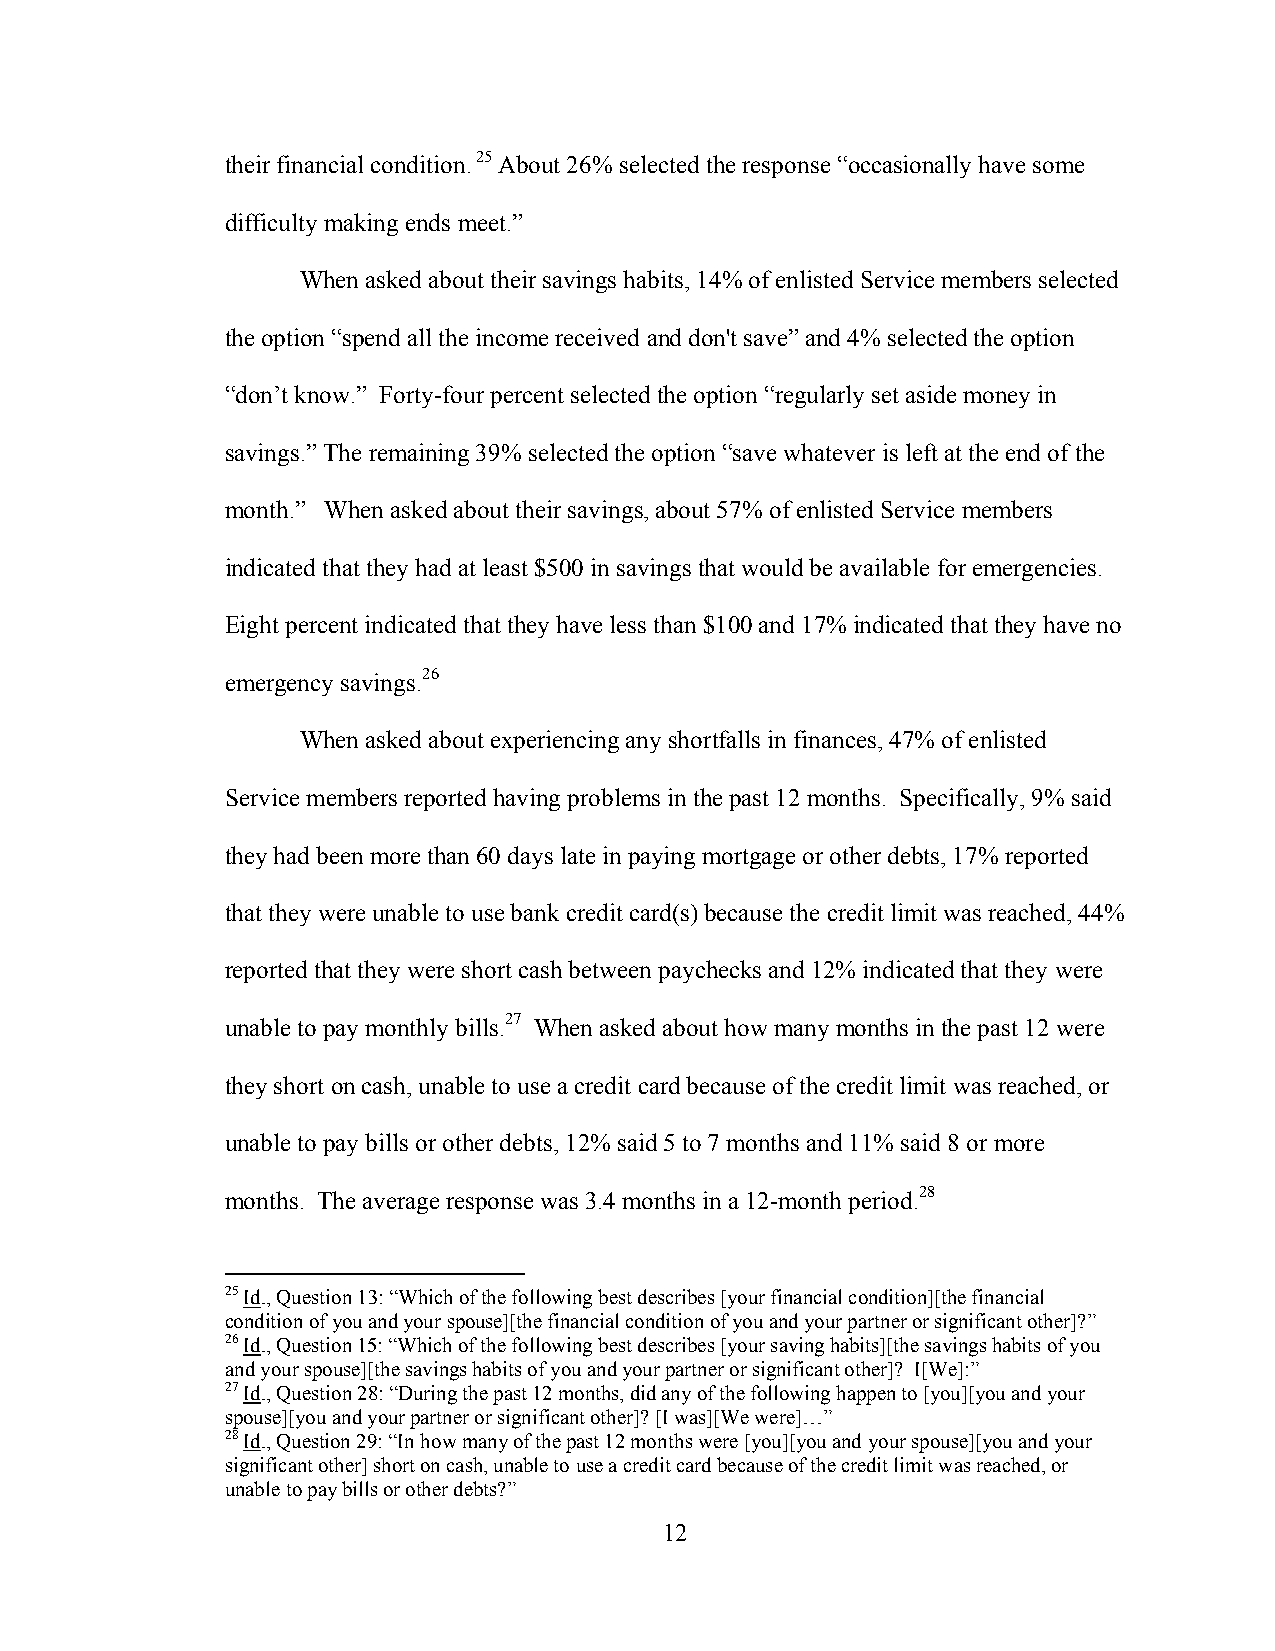
their financial condition. 25 About 26% selected the response “occasionally have some
 difficulty making ends meet.”
 When asked about their savings habits, 14% of enlisted Service members selected
 the option “spend all the income received and don't save” and 4% selected the option
 “don’t know.” Forty-four percent selected the option “regularly set aside money in
 savings.” The remaining 39% selected the option “save whatever is left at the end of the
 month.” When asked about their savings, about 57% of enlisted Service members
 indicated that they had at least $500 in savings that would be available for emergencies.
 Eight percent indicated that they have less than $100 and 17% indicated that they have no
 emergency savings.26
 When asked about experiencing any shortfalls in finances, 47% of enlisted
 Service members reported having problems in the past 12 months. Specifically, 9% said
 they had been more than 60 days late in paying mortgage or other debts, 17% reported
 that they were unable to use bank credit card(s) because the credit limit was reached, 44%
 reported that they were short cash between paychecks and 12% indicated that they were
 unable to pay monthly bills.27 When asked about how many months in the past 12 were
 they short on cash, unable to use a credit card because of the credit limit was reached, or
 unable to pay bills or other debts, 12% said 5 to 7 months and 11% said 8 or more
 months. The average response was 3.4 months in a 12-month period.28
 25 Id., Question 13: “Which of the following best describes [your financial condition][the financial
 condition of you and your spouse][the financial condition of you and your partner or significant other]?”
 26 Id., Question 15: “Which of the following best describes [your saving habits][the savings habits of you
 and your spouse][the savings habits of you and your partner or significant other]? I[We]:”
 27 Id., Question 28: “During the past 12 months, did any of the following happen to [you][you and your
 spouse][you and your partner or significant other]? [I was][We were]…”
 28 Id., Question 29: “In how many of the past 12 months were [you][you and your spouse][you and your
 significant other] short on cash, unable to use a credit card because of the credit limit was reached, or
 unable to pay bills or other debts?”
 12